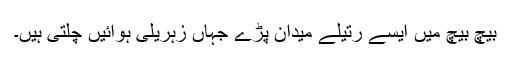
بیچ بیچ میں ایسے رتیلے میدان پڑے جہاں زہریلی ہوائیں چلتی ہیں۔